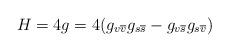
LaTeX: \begin{align*}H = 4g = 4(g_{v\overline{v}}g_{s\overline{s}} - g_{v\overline{s}}g_{s\overline{v}})\end{align*}